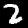
Digit: 2